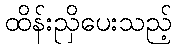
ထိန်းညှိပေးသည့်